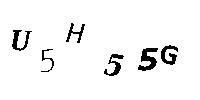
U5H55G